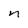
Character: n